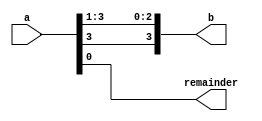
`timescale 1ns / 1ps
//////////////////////////////////////////////////////////////////////////////////
// Company: 
// Engineer: 
// 
// Design Name: 
// Module Name: signed_division
// Project Name: 
// Target Devices: 
// Tool Versions: 
// Description: 
// 
// Dependencies: 
// 
// Revision:
// Revision 0.01 - File Created
// Additional Comments:
// 
//////////////////////////////////////////////////////////////////////////////////


module signed_division(
input [3:0] a,
output [3:0] b,
output remainder
    );
assign {b[3:0],remainder}={a[3],a[3],a[2:1],a[0]};

endmodule